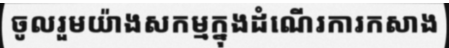
ចូលរួមយ៉ាងសកម្មក្នុងដំណើរការកសាង